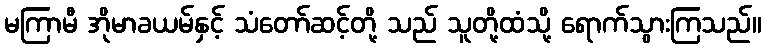
မကြာမီ အိုမာခယမ်နှင့် သံတော်ဆင့်တို့ သည် သူတို့ထံသို့ ရောက်သွားကြသည်။